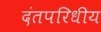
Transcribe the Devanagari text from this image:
दंतपरिधीय